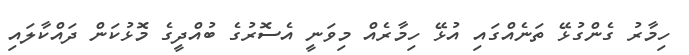
ހިމާރު ގެންގުޅޭ ތަނެއްގައި އުޅޭ ހިމާރެއް މިވަނީ އެސޮރުގެ ބުއްދީގެ މޮޅުކަން ދައްކާލައި